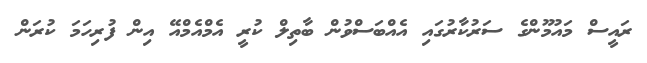
ރައީސް މައުމޫންގެ ސަރުކާރުގައި އެއްބަސްވުން ބާތިލް ކުރީ އެމްއެމްއޭ އިން ފުރިހަމަ ކުރަން